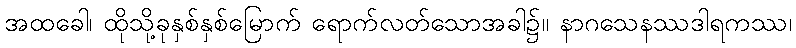
အထခေါ၊ ထိုသို့ခုနှစ်နှစ်မြောက် ရောက်လတ်သောအခါ၌။ နာဂသေနဿဒါရကဿ၊